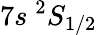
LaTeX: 7s~^{2}S_{1/2}